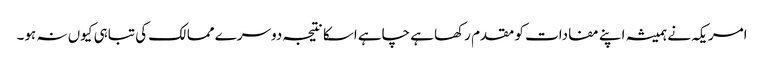
امریکہ نے ہمیشہ اپنے مفادات کو مقدم رکھا ہے چاہے اسکا نتیجہ دوسرے ممالک کی تباہی کیوں نہ ہو۔